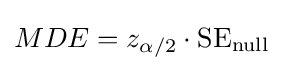
MDE=z_{\alpha /2}\cdot {\text{SE}}_{\text{null}}